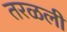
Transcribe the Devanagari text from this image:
तरळली